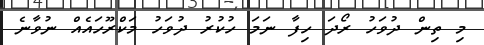
މި ތިން ދުވަހު ރޯދަ ހިފާ ނަމަ ހުކުރު ދުވަހު މަކްރޫހައެއް ނުވާނެ